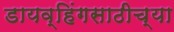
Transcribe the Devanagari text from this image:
डायव्हिंगसाठीच्या